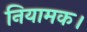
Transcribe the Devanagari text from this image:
नियामक।